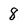
Character: 8